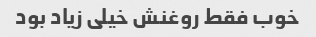
خوب فقط روغنش خیلی زیاد بود